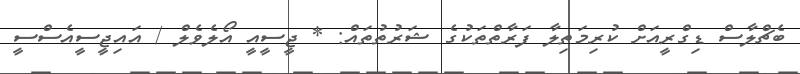
ބެޗްލާސް ޑިގްރީއަށް ކުރިމަތިލާ ފަރާތްތަކުގެ ޝަރުތުތައް: * ޖީސީއީ އޯލެވެލް / އައިޖީސީއެސްސީ